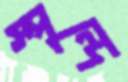
স্পন্দে